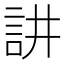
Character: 𮗻